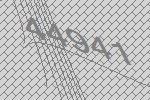
44941